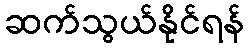
ဆက်သွယ်နိုင်ရန်